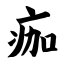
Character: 痂